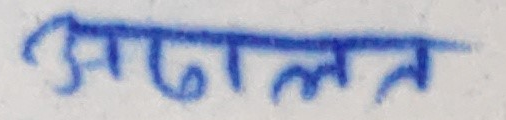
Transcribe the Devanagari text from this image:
अदालत